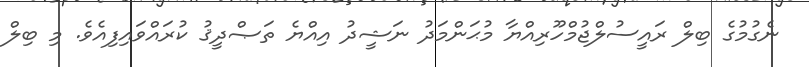
ނެގުމުގެ ބިލް ރައީސުލްޖުމްހޫރިއްޔާ މުޙަންމަދު ނަޝީދު އިއްޔެ ތަޞްދީޤު ކުރައްވައިފިއެވެ. މި ބިލް